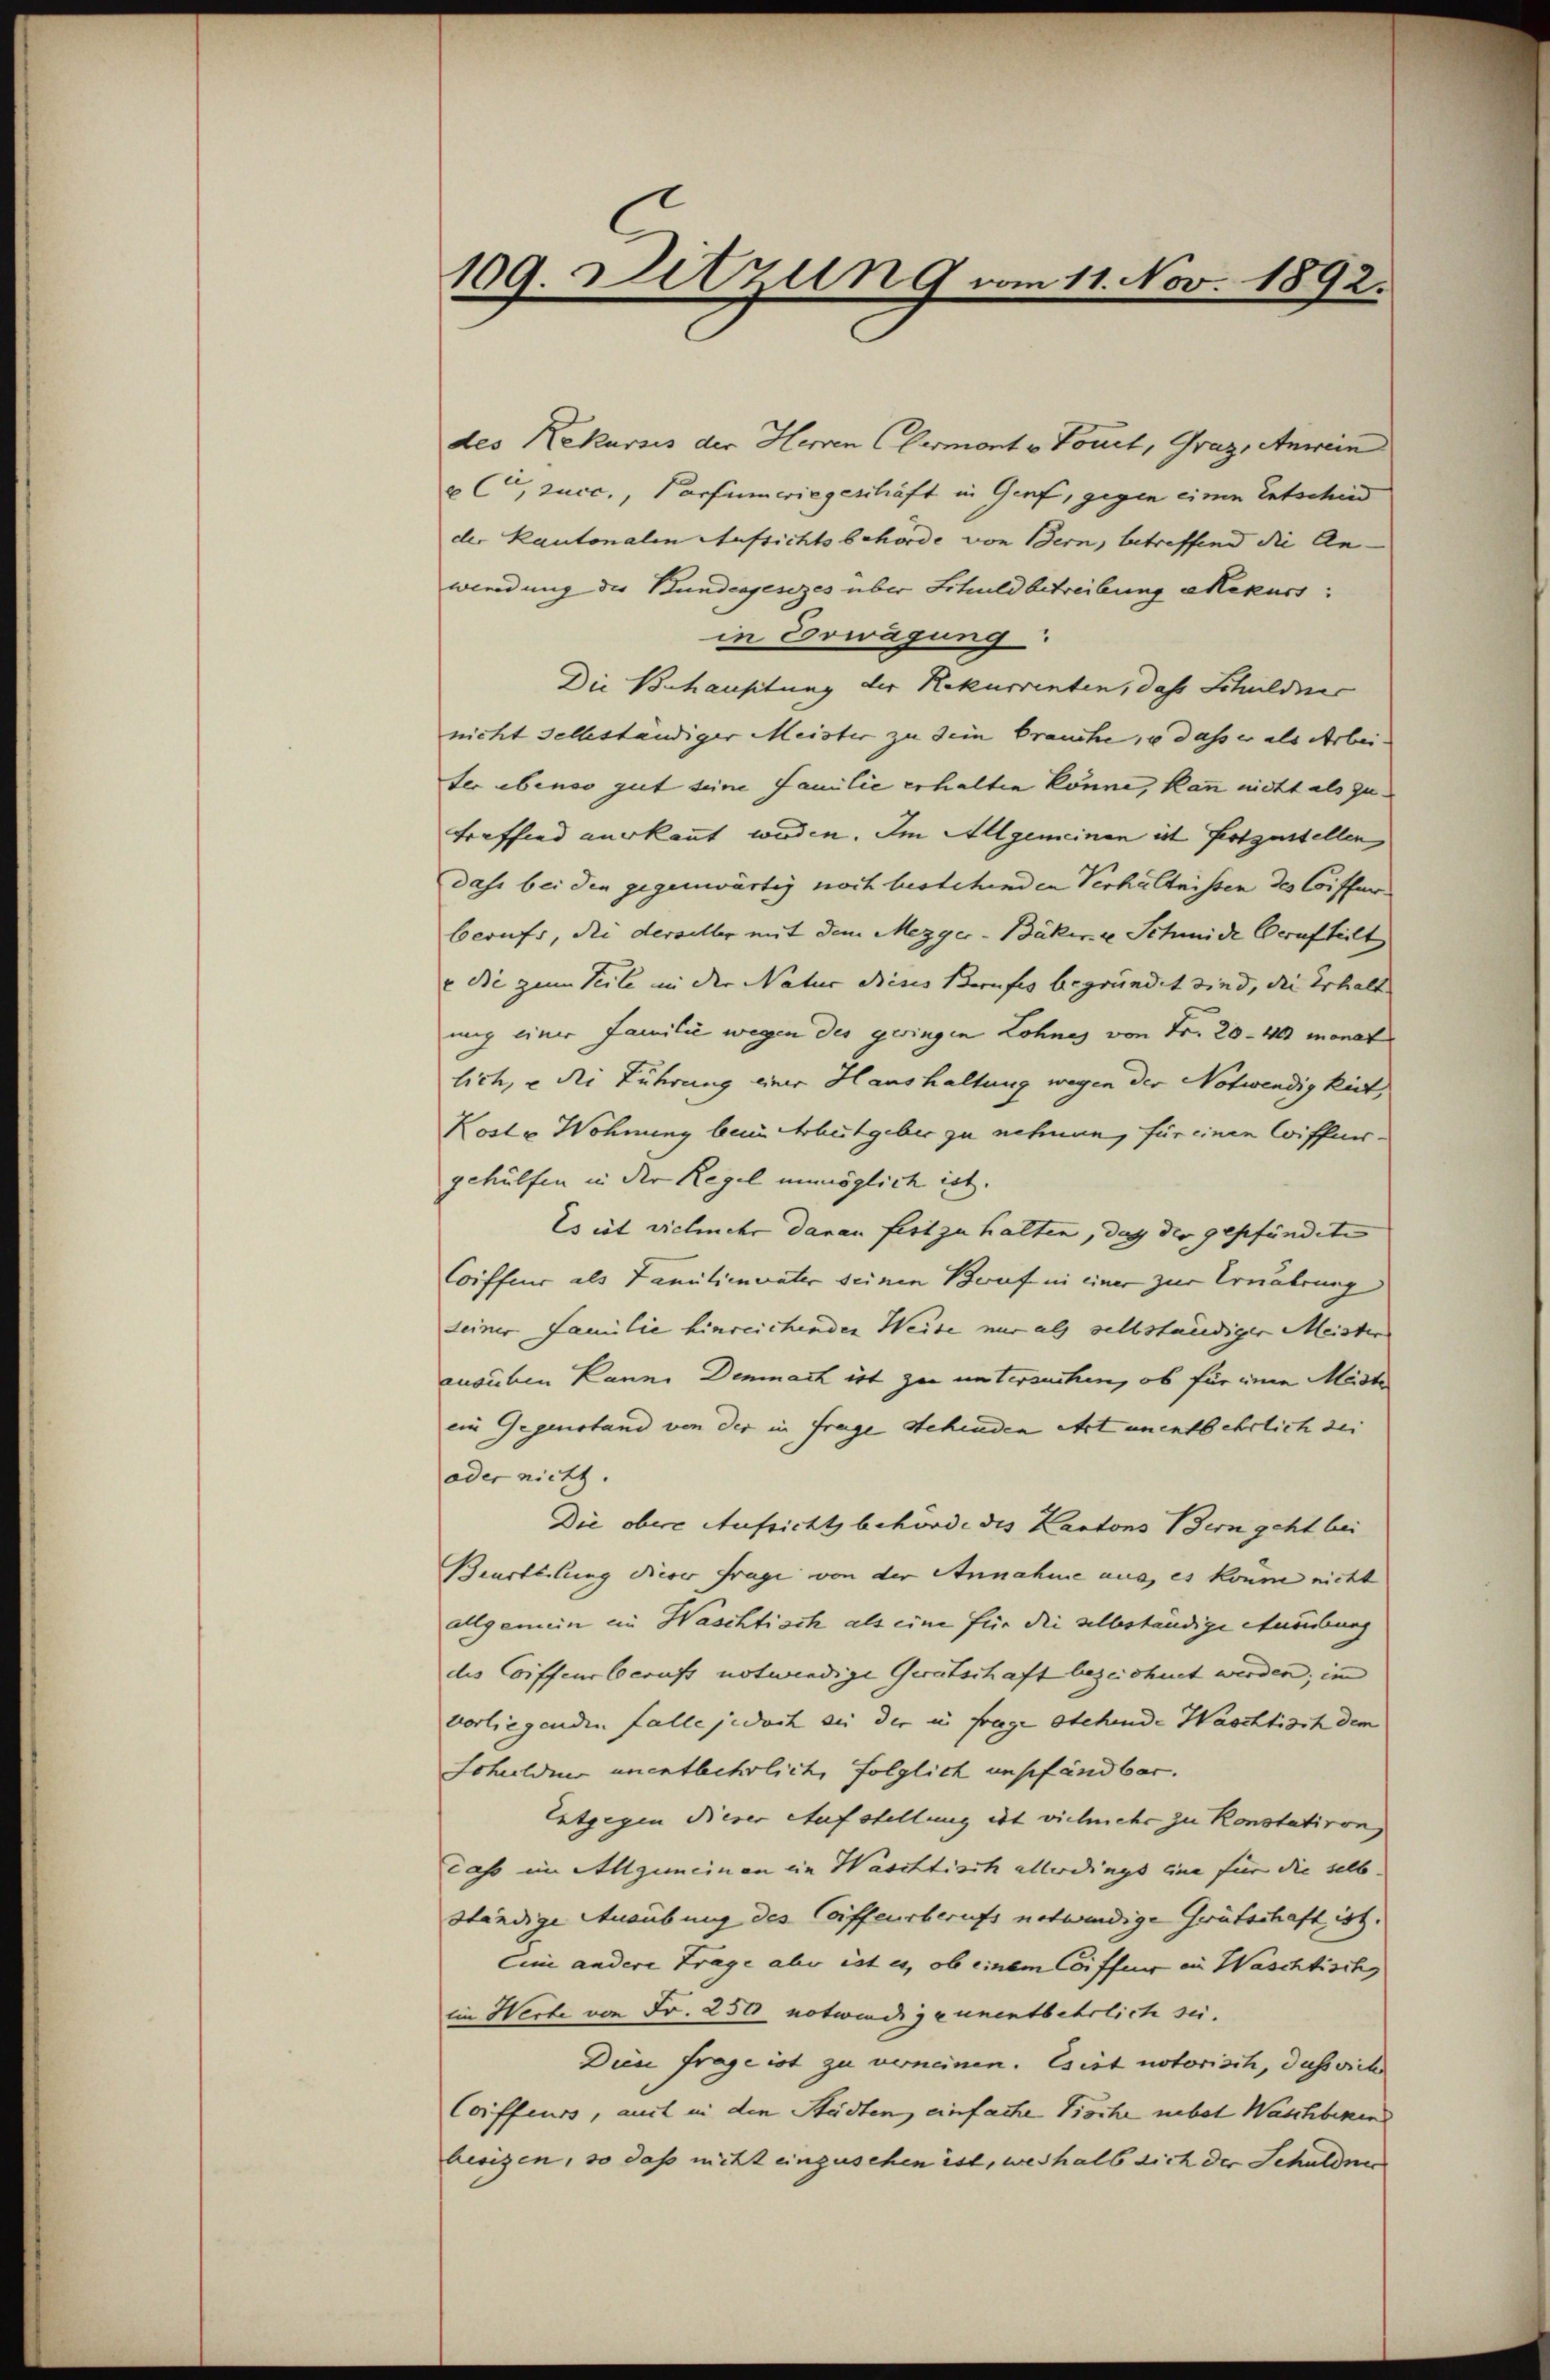
109. Ditzun 9 vom 11. Nov. 1892.

des Rekurses der Herren (Germont v. Tourt, Graz, Anwein
 C, zucc., Porfumwiegeschäft in Genf, gegen einen Entschied
der Kantonalen Aufsichtsbehörde von Bern, betreffend die An-
wendung der Bundesgesezes über Schuldbetreibung Rekurs
in Erwägung:
Die Behausitung der Rekurrenten, das Schuldner
nicht selbeständiger Meister zu sein brauche, u dass er als Arbeifer ebenso gut seine Familie erhalten könne, kann nicht als zu
treffend verkannt werden. Im Allgemeinen ist festzustellen
dass bei den gegenwärtig noch bestehenden Verhältnissen des Coiffer
berufs, die derselber mit dem Mezger-Bäker ze Schmide Beruf teilt
e die zum Teile in der Natur dieses Berufes begründet sind, die Erhalt
mig einer Familie wegen des geringen Lohnes von Fr. 20 - 40 monat
lich, u die Führung einer Haushaltung wegen der Notwendigkeit,
Koste Wohnung beim Arbeitgeber zu nehmen, für einen Coiffnisgehülfen in der Regel unmöglich ist.
Es ist vielmehr daran fest zu halten, das der gepfändete
Coiffeur als Familienvater seinen Beruf in einer zur Ernährung
Leiner Familie hinreichenden Weise nur als selbständiger Meister
ausüben kann. Demnach ist zu untersuchen, ob für einen Meiste
ein Gegenstand von der in frage stehenden Art unentbehrlich sei
oder nicht.
Die obere Aufsicht behörde des Kantons Bern geht bei
Beurteilung dieser frage von der Annahme aus, es könne nicht
allgemein ein Waschtisch als eine für die selbeständige Ausübung
des Coiffeur berufs notwendige Gerätschaft bezeichnet werden; im
vorliegenden falle jedoch sie der in frage stehende Waschtisch dem
Schulden unentbehrlich, folglich empfändbar.
Entgegen dieser Aufstellung ist vielmehr zu Konstatiron
caso im Allgemeinen ein Waschtisch allerdings eine für die selb.
ständige Ausübung des Coiffensberufs notwendige Gerätschaft ist.
Cini andere Frage aber ist es, ob einem Coiffer in Waschtisch,
ein Werte von Fr. 250 notwendigeunentbehrlich sei.
Dien frage ist zu verneinen. Es ist notorisch, dass sich
Coiffeurs, auch in den Städten, einfache Tische nebst Waschberen
besizen, so dass nicht einzusehen ist, weshalb sich der Schulden